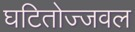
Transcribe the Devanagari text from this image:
घटितोज्जवल